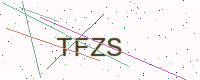
Text: TFZS